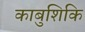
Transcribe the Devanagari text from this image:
काबुशिकि